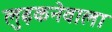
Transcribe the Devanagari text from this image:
लुढ़कनेवाला